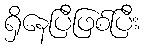
ရှိနေပြီဖြစ်ပြီး